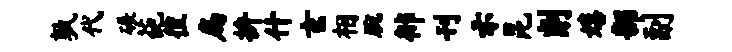
孰代碾葩徨扁拚什玄相腕徘刊示昆削嬉部副